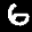
Label: 6